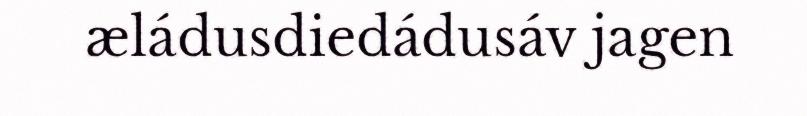
æládusdiedádusáv jagen